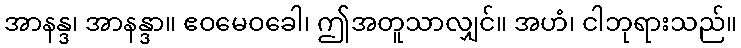
အာနန္ဒ၊ အာနန္ဒာ။ ဧဝမေဝခေါ၊ ဤအတူသာလျှင်။ အဟံ၊ ငါဘုရားသည်။